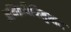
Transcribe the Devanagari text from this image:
अभिव्रधियिलुमान